Vaccination returns of the Province of Eastern Bengal and Assam - 1905-1912
Year: 1905
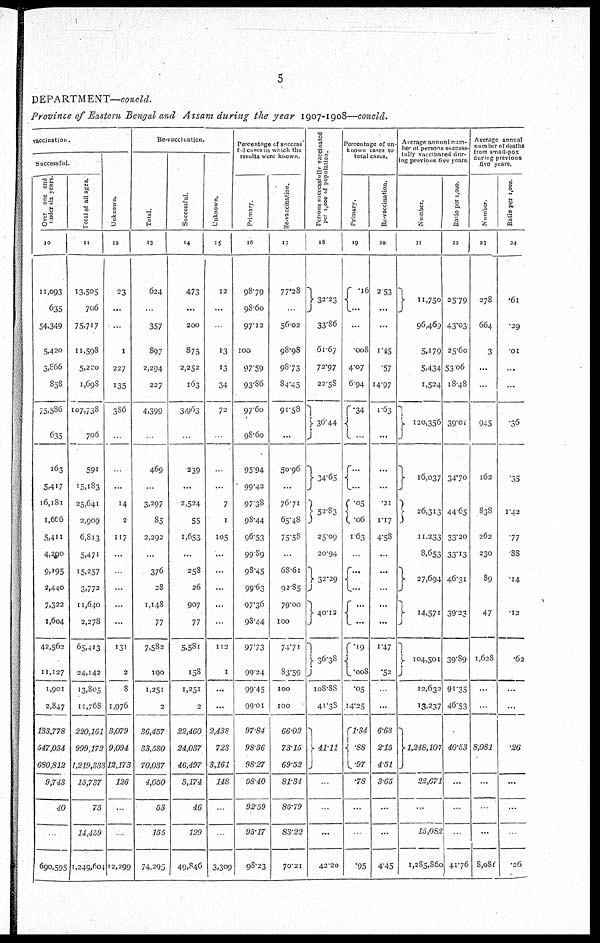
5
DEPARTMENT— concld.
Province of Eastern Bengal and Assam during the year 1907-1908—concld.
vaccination.
Successful.
Over one and
under six years.
10
11,093
635
54,349
5,420
3,866
858
75,586
635
163
5,417
16,181
1,666
5,411
4,290
9,195
2,440
7,322
1,604
42,562
11,127
1,901
2,847
133,778
547,034
680,812
9,743
40
...
690,595
Total of all ages.
11
13,505
706
75,717
11,598
5,220
1,698
107,738
706
591
15,183
25,641
2,909
6,813
5,471
15,257
3,772
11,640
2,278
65,413
24,142
13,805
11,768
220,161
999,172
1,219,333
15,737
75
14,459
1,249,604
Unknown.
12
23
...
...
1
227
135
386
...
...
...
14
2
117
...
...
...
...
...
131
2
8
1,976
3,079
9,094
12,173
126
...
...
12,299
Re-vaccination.
Total.
13
624
...
357
897
2,294
227
4,399
...
469
...
3,297
85
2,292
...
376
28
1,148
77
7,582
190
1,251
2
36,457
33,580
70,037
4,050
53
155
74,295
Successful
14
473
...
200
875
2,252
163
3,963
...
239
...
2,524
55
1,653
...
258
26
907
77
5,581
158
1,251
2
22,460
24,037
46,497
3,174
46
129
49,846
Unknown.
15
12
...
...
13
13
34
72
...
...
...
7
1
105
...
...
...
...
...
112
1
...
...
2,438
723
3,161
148
...
...
3,309
Percentage of success-
ful cases in which the
results were known.
Primary.
16
98.79
98.60
97.12
100
97.59
93.86
97.60
98.60
95.94
99.42
97.38
98.44
96.53
99.89
98.45
99.63
97.36
98.44
97.73
99.24
99.45
99.01
97.84
98.36
98.27
98.40
92.59
95.17
98.23
Re-vaccination.
17
77.28
...
56.02
98.98
98.73
84.45
91.58
...
50.96
...
76.71
65.48
75.58
...
68.61
92.85
79.00
100
74.71
83.59
100
100
66.02
73.15
69.52
81.34
86.79
83.22
70.21
Persons successfully vaccinated
per 1,000 of population.
18
32.23
33.86
61.67
72.97
22.58
36.44
34.65
52.83
25.09
20.94
32.29
40.12
36.38
108.88
41.38
41.11
...
...
...
42.20
Percentage of un-
known cases to
total cases.
Primary.
19
.16
...
...
.008
4.07
6.94
.34
...
...
...
.05
.06
1.63
...
...
...
...
...
.19
.008
.05
14.25
1.34
.88
.97
.78
...
...
.95
Re-vaccination.
20
2.53
...
...
1.45
.57
14.97
1.63
...
...
...
.21
1.17
4.58
...
...
...
...
...
1.47
.52
...
...
6.68
2.15
4.51
3.65
...
...
4.45
Average annual nam-
ber of persons success-
fully vaccinated dur-
ing previous five years.
Number.
21
11,750
96,469
5,179
5,434
1,524
120,356
16,037
26,313
11,233
8,653
27,694
14,571
104,501
12,632
13,237
1,248,107
22,671
...
15,082
1,285,860
Ratio per 1,000.
22
25.79
43.03
25.60
53.06
18.48
39.01
34.70
44.65
33.20
33.13
46.31
39.23
39.89
91.35
46.53
40.53
...
...
...
41.76
Average annual
number of deaths
from small-pox
during previous
five years.
Number.
23
278
664
3
...
...
945
162
838
262
230
89
47
1,628
...
...
8,081
...
...
...
8,081
Ratio per 1,000.
24
.61
.29
.01
...
...
.36
.35
1.42
.77
.88
.14
.12
.62
...
...
.26
...
...
...
.26